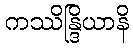
ကဿိန္ဒြိယာနိ